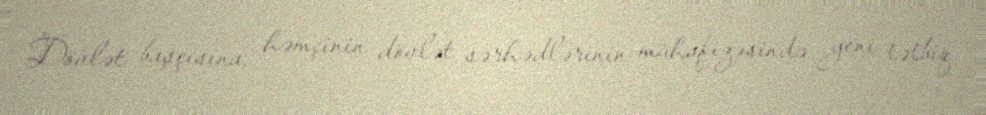
Dövlət başçısına, həmçinin dövlət sərhədlərinin mühafizəsində yeni tətbiq